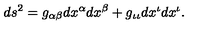
d s ^ { 2 } = g _ { \alpha \beta } d x ^ { \alpha } d x ^ { \beta } + g _ { \iota \iota } d x ^ { \iota } d x ^ { \iota } .